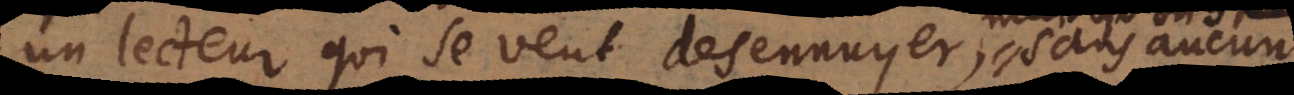
un lecteur qui se veut desennuyer, sans aucun